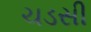
ચડસી